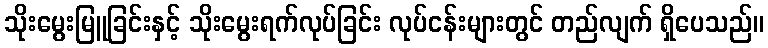
သိုးမွေးမြူခြင်းနှင့် သိုးမွေးရက်လုပ်ခြင်း လုပ်ငန်းများတွင် တည်လျက် ရှိပေသည်။